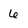
Character: 6